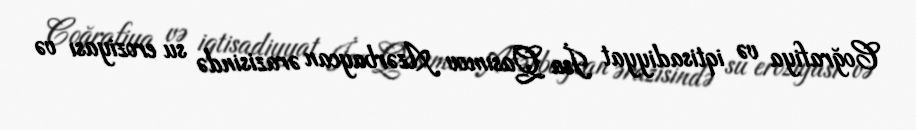
Coğrafiya və iqtisadiyyat İsa Qasımov Azərbaycan ərazisində su eroziyası və